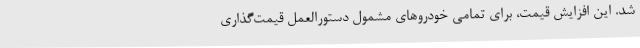
شد. این افزایش قیمت، برای تمامی خودروهای مشمول دستورالعمل قیمت‌گذاری